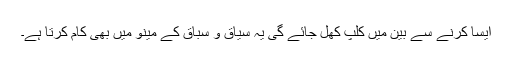
ایسا کرنے سے بین میں کلپ کھل جائے گی یہ سیاق و سباق کے مینو میں بھی کام کرتا ہے۔